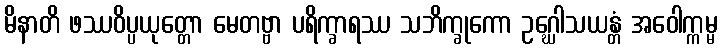
မိနာတိ ဖဿဝိပ္ပယုတ္တော မေတဗ္ဗာ ပရိက္ခာရဿ သဘိက္ခုကော ဥဂ္ဃေါသယန္တံ အဝေါက္ကမ္မ